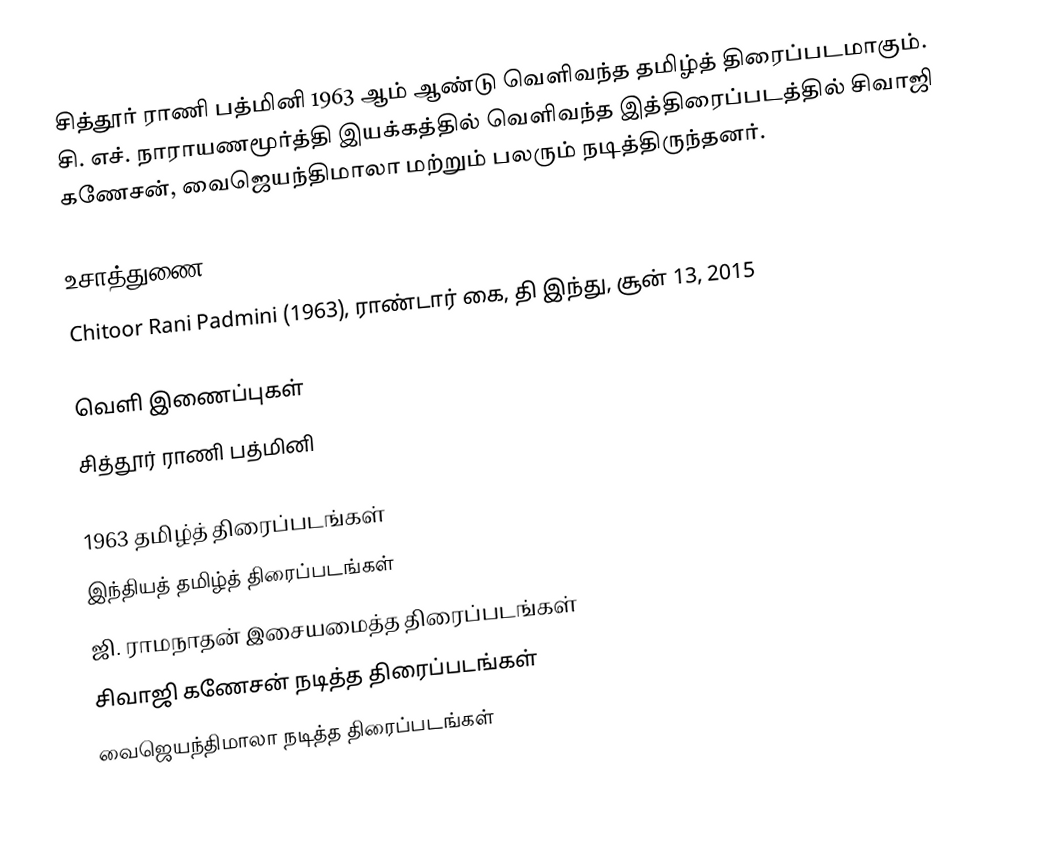
சித்தூர் ராணி பத்மினி 1963 ஆம் ஆண்டு வெளிவந்த தமிழ்த் திரைப்படமாகும். சி. எச். நாராயணமூர்த்தி இயக்கத்தில் வெளிவந்த இத்திரைப்படத்தில் சிவாஜி கணேசன், வைஜெயந்திமாலா மற்றும் பலரும் நடித்திருந்தனர்.

உசாத்துணை
Chitoor Rani Padmini (1963), ராண்டார் கை, தி இந்து, சூன் 13, 2015

வெளி இணைப்புகள்
 சித்தூர் ராணி பத்மினி

1963 தமிழ்த் திரைப்படங்கள்
இந்தியத் தமிழ்த் திரைப்படங்கள்
ஜி. ராமநாதன் இசையமைத்த திரைப்படங்கள்
சிவாஜி கணேசன் நடித்த திரைப்படங்கள்
வைஜெயந்திமாலா நடித்த திரைப்படங்கள்